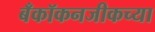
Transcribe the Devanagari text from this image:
बँकॉकनजीकच्या